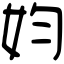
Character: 㚬